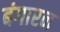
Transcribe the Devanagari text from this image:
बंगारन